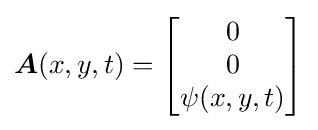
{\boldsymbol {A}}(x,y,t)={\begin{bmatrix}0\\0\\\psi (x,y,t)\end{bmatrix}}